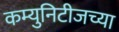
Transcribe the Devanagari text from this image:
कम्युनिटीजच्या